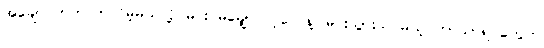
အချောင်တတ်လာလိမ့်မယ်လို့ မင်း မမျှော်လင့်လေနဲ့၊ မင်းသွားသင်မယ့် ဘာသာရပ်တွေက